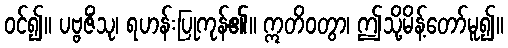
ဝင်၍။ ပဗ္ဗဇိံသု၊ ရဟန်းပြုကုန်၏။ ဣတိဝတွာ၊ ဤသို့မိန့်တော်မူ၍။